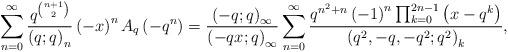
LaTeX: \begin{align*}\sum_{n=0}^{\infty}\frac{q^{\binom{n+1}{2}}}{\left(q;q\right)_{n}}\left(-x\right)^{n}A_{q}\left(-q^{n}\right)=\frac{\left(-q;q\right)_{\infty}}{\left(-qx;q\right)_{\infty}}\sum_{n=0}^{\infty}\frac{q^{n^{2}+n}\left(-1\right)^{n}\prod_{k=0}^{2n-1}\left(x-q^{k}\right)}{\left(q^{2},-q,-q^{2};q^{2}\right)_{k}},\end{align*}